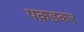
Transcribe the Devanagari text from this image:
पक़डकर